Mental hospitals Bombay report 1929-33 - 1929-1933
Year: 1929
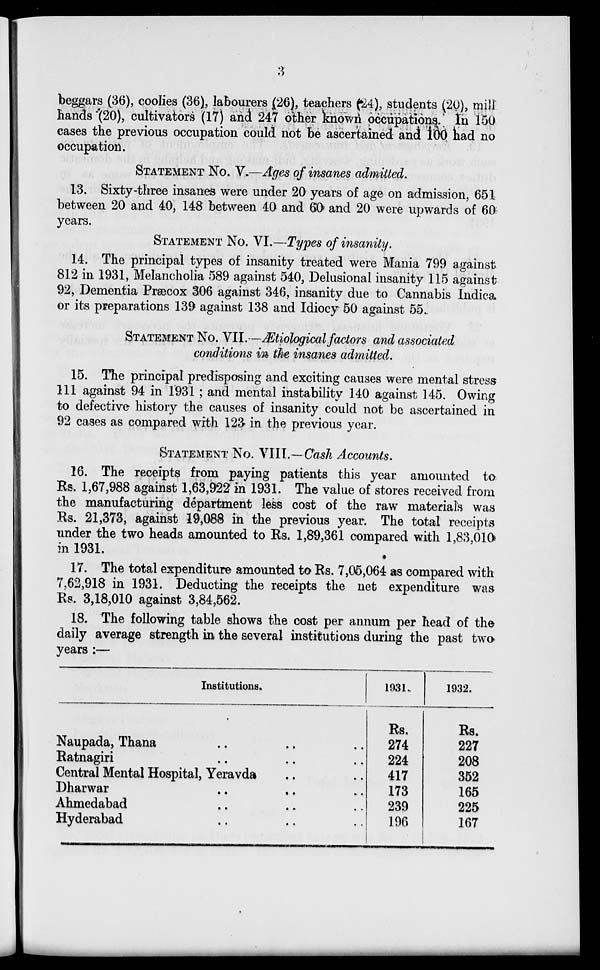
3
beggars (36), coolies (36), labourers (26), teachers (24), students (20), mill
hands (20), cultivators (17) and 247 other known occupations. In 150
cases the previous occupation could not be ascertained and 100 had no
occupation.
STATEMENT No. V.—Ages of insanes admitted.
13. Sixty-three insanes were under 20 years of age on admission, 651
between 20 and 40, 148 between 40 and 60 and 20 were upwards of 60
years.
STATEMENT No. VI.—Types of insanity.
14. The principal types of insanity treated were Mania 799 against
812 in 1931, Melancholia 589 against 540, Delusional insanity 115 against
92, Dementia Præcox 306 against 346, insanity due to Cannabis Indica
or its preparations 139 against 138 and Idiocy 50 against 55.
STATEMENT No. VII.—Ætiological factors and associated
conditions in the insanes admitted.
15. The principal predisposing and exciting causes were mental stress
111 against 94 in 1931 ; and mental instability 140 against 145. Owing
to defective history the causes of insanity could not be ascertained in
92 cases as compared with 123 in the previous year.
STATEMENT No. VIII.— Cash Accounts.
16. The receipts from paying patients this year amounted to
Rs. 1,67,988 against 1,63,922 in 1931. The value of stores received from
the manufacturing department less cost of the raw materials was
Rs. 21,373, against 19,088 in the previous year. The total receipts
under the two heads amounted to Rs. 1,89,361 compared with 1,83,010
in 1931.
17. The total expenditure amounted to Rs. 7,05,064 as compared with
7,62,918 in 1931. Deducting the receipts the net expenditure was
Rs. 3,18,010 against 3,84,562.
18. The following table shows the cost per annum per head of the
daily average strength in the several institutions during the past two
years :—
Institutions.
Naupada, Thana .. .. ..
Ratnagiri
..
..
..
Central Mental Hospital, Yeravda .. ..
Dharwar .. .. ..
Ahmedabad .. .. ..
Hyderabad .. .. ..
1931.
Rs.
274
224
417
173
239
196
1932.
Rs.
227
208
352
165
225
167